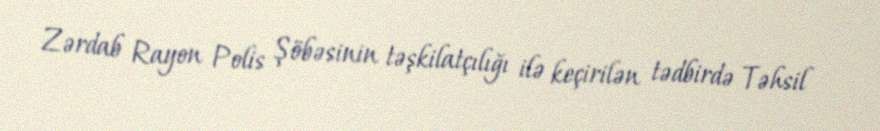
Zərdab Rayon Polis Şöbəsinin təşkilatçılığı ilə keçirilən tədbirdə Təhsil